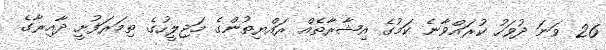
26 ވަނަ ދުވަހު ކުރައްވާނެ ކަމުގެ އިޝާރާތެއް ރައްޔިތުންގެ މަޖިލީހުގެ ތިމަރަފުށީ ދާއިރާގެ